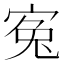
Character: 寃